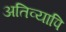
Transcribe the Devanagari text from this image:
अतिव्यापि